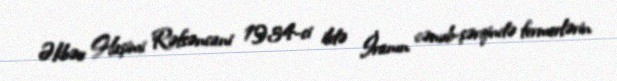
Əkbər Haşimi Rəfsəncani 1934-ci ildə İranın cənub-şərqində fermerlərin